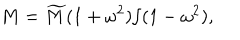
LaTeX: M = \widetilde { M } ( 1 + \omega ^ { 2 } ) / ( 1 - \omega ^ { 2 } ) ,